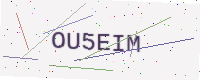
Text: OU5EIM